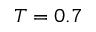
T = 0 . 7